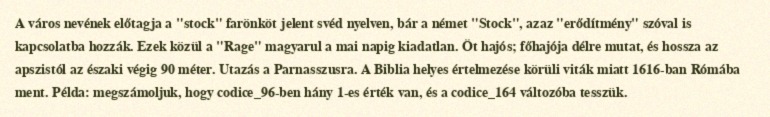
A város nevének előtagja a "stock" farönköt jelent svéd nyelven, bár a német "Stock", azaz "erődítmény" szóval is kapcsolatba hozzák. Ezek közül a "Rage" magyarul a mai napig kiadatlan. Öt hajós; főhajója délre mutat, és hossza az apszistól az északi végig 90 méter. Utazás a Parnasszusra. A Biblia helyes értelmezése körüli viták miatt 1616-ban Rómába ment. Példa: megszámoljuk, hogy codice_96-ben hány 1-es érték van, és a codice_164 változóba tesszük.